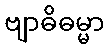
ဗျာဓိဓမ္မာ